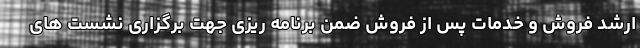
ارشد فروش و خدمات پس از فروش ضمن برنامه ریزی جهت برگزاری نشست های